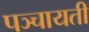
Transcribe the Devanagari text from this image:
पञ्चायती